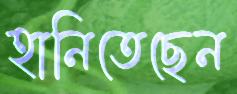
হানিতেছেন